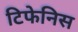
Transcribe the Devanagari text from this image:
टिफेनिस